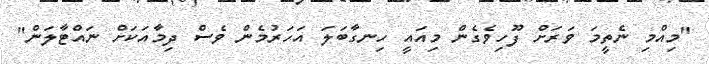
"މިއްމި ނެތީމަ ވަރަށް ފޫހިވެގެން މިއައީ ހިނގާބަލަ އަހަރުމެން ވެސް ދިމާއަކަށް ނައްޓާލަން"